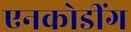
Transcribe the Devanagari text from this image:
एनकोडींग